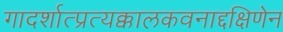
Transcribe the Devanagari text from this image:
गादर्शात्प्रत्यक्कालकवनाद्दक्षिणेन